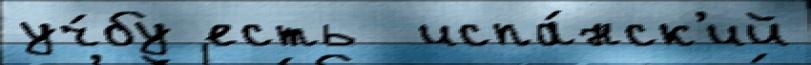
уч́бу есть  испа́нск'ий